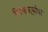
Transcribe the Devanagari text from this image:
चिंकाऱ्यांना